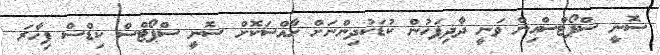
ސޮނީ ސްޕޯޓްސްއިން ވަނީ ދާދިފަހުން ކުޑަކުދިންނަށް ހާއްސަކޮށް ސޮނީ ސްޕޯޓްސް ކިޑްސް ފިހާރަ